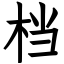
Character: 档